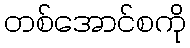
တစ်အောင်စကို